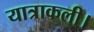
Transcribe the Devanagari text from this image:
यात्राकली।